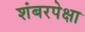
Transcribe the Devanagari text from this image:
शंबरपेक्षा